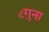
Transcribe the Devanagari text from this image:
८गुना